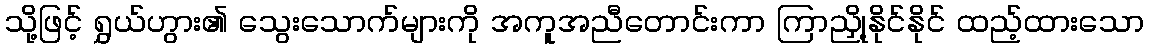
သို့ဖြင့် ရွှယ်ဟွား၏ သွေးသောက်များကို အကူအညီတောင်းကာ ကြာညှို့နိုင်နိုင် ထည့်ထားသော